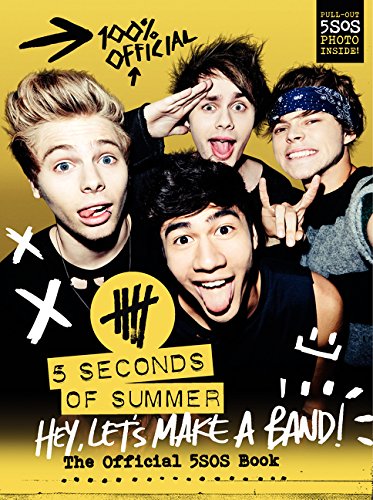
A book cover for Hey, Let's Make a Band!: The Official 5SOS Book; 5 Seconds of Summer; Children's Books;